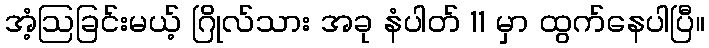
အံ့ဩခြင်းမယ့် ဂြိုလ်သား အခု နံပါတ် 11 မှာ ထွက်နေပါပြီ။